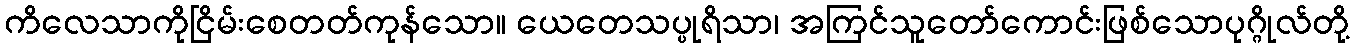
ကိလေသာကိုငြိမ်းစေတတ်ကုန်သော။ ယေတေသပ္ပုရိသာ၊ အကြင်သူတော်ကောင်းဖြစ်သောပုဂ္ဂိုလ်တို့